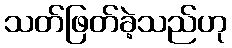
သတ်ဖြတ်ခဲ့သည်ဟု